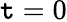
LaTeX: \mathtt{t}=0